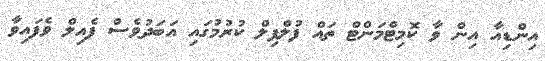
އިންޑިއާ އިން ވާ ކޮމިޓްމަންޓް ތައް ފުލްފިލް ކުރުމުގައި އަބަދުވެސް ފެއިލް ވެފައިވާ